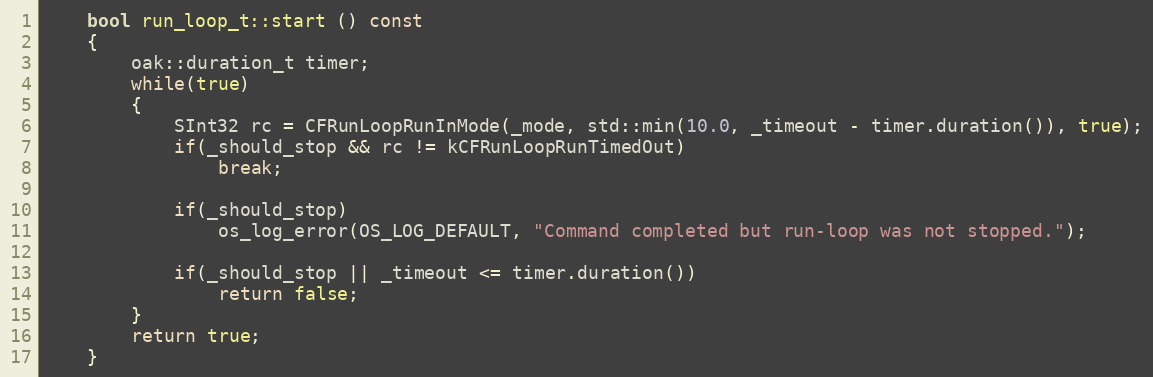
Language: C++
	bool run_loop_t::start () const
	{
		oak::duration_t timer;
		while(true)
		{
			SInt32 rc = CFRunLoopRunInMode(_mode, std::min(10.0, _timeout - timer.duration()), true);
			if(_should_stop && rc != kCFRunLoopRunTimedOut)
				break;

			if(_should_stop)
				os_log_error(OS_LOG_DEFAULT, "Command completed but run-loop was not stopped.");

			if(_should_stop || _timeout <= timer.duration())
				return false;
		}
		return true;
	}